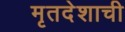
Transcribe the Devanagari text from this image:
मृतदेशाची